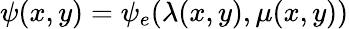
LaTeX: \psi(x,y)=\psi_{e}(\lambda(x,y),\mu(x,y))